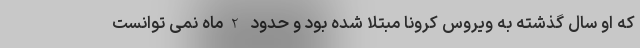
که او سال گذشته به ویروس کرونا مبتلا شده بود و حدود 2ماه نمی توانست